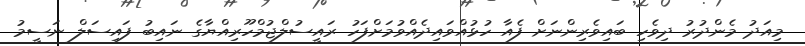
މިއަދު މެންދުރު ދިވެހި ބައިވެރިންނަށް ފެއާ ހުޅުއްވައިދެއްވުމަށްފަހު ރައީސުލްޖުމްހޫރިއްޔާގެ ނައިބު ފައިސަލް ނަސީމު